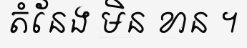
តំនែង មិន ខាន ។